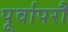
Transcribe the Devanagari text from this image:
पूर्वापरौ